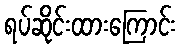
ရပ်ဆိုင်းထားကြောင်း